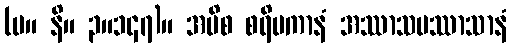
(မ။ နိ။ ၃။၁၄၇)။ အပိစ စရိမကာနံ အဿာသပဿာသာနံ